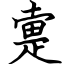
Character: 疐